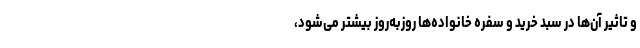
و تاثیر آن‌ها در سبد خرید و سفره خانواده‌ها روزبه‌روز بیشتر می‌شود،